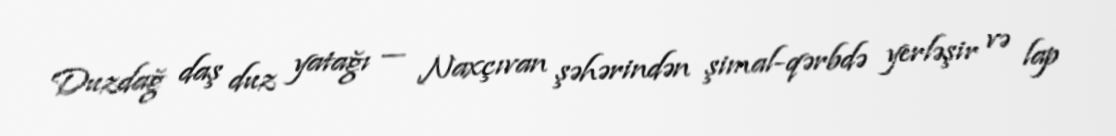
Duzdağ daş duz yatağı — Naxçıvan şəhərindən şimal-qərbdə yerləşir və lap